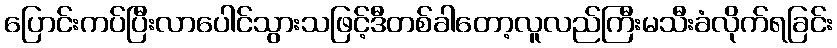
ပြောင်းကပ်ပြီးလာပေါင်သွားသဖြင့်ဒီတစ်ခါတော့လူလည်ကြီးမသီးခံလိုက်ရခြင်း